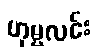
ဟုမ္မလင်း